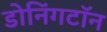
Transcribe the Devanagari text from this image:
डोनिंगटॉन